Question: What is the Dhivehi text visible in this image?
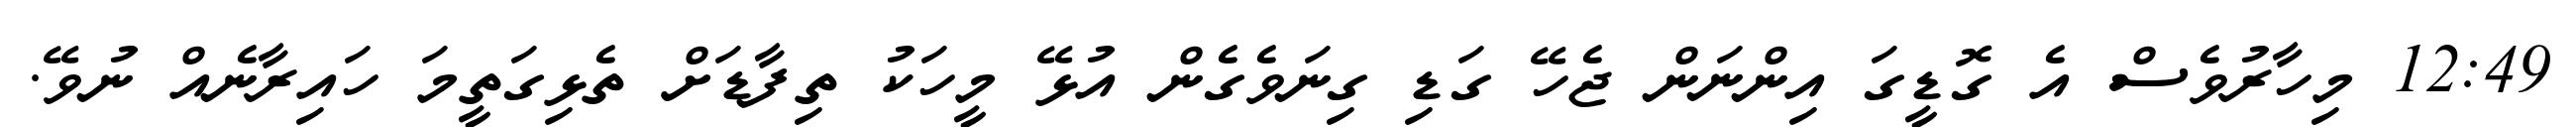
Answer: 12:49 މިހާރުވެސް އެ ގޮޑީގަ އިންނަން ޖެހޭ ގަޑި ގިނަވެގެން އުޅޭ މީހަކު ތިފާޑަށް ތެޅިގަތީމަ ހައިރާނެއް ނުވޭ.